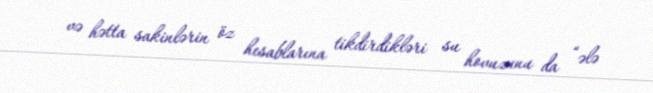
və hətta sakinlərin öz hesablarına tikdirdikləri su hovuzunu da “ələ